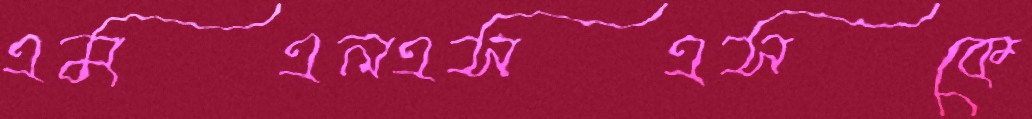
এমএলএসএসকে